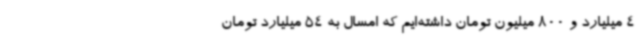
4 میلیارد و 800 میلیون تومان داشته‌ایم که امسال به 54 میلیارد تومان